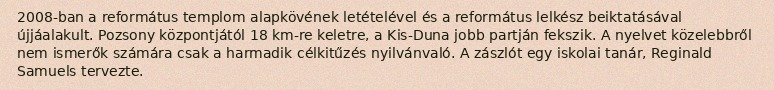
2008-ban a református templom alapkövének letételével és a református lelkész beiktatásával újjáalakult. Pozsony központjától 18 km-re keletre, a Kis-Duna jobb partján fekszik. A nyelvet közelebbről nem ismerők számára csak a harmadik célkitűzés nyilvánvaló. A zászlót egy iskolai tanár, Reginald Samuels tervezte.